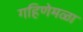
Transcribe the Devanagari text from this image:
गहिणेमळा